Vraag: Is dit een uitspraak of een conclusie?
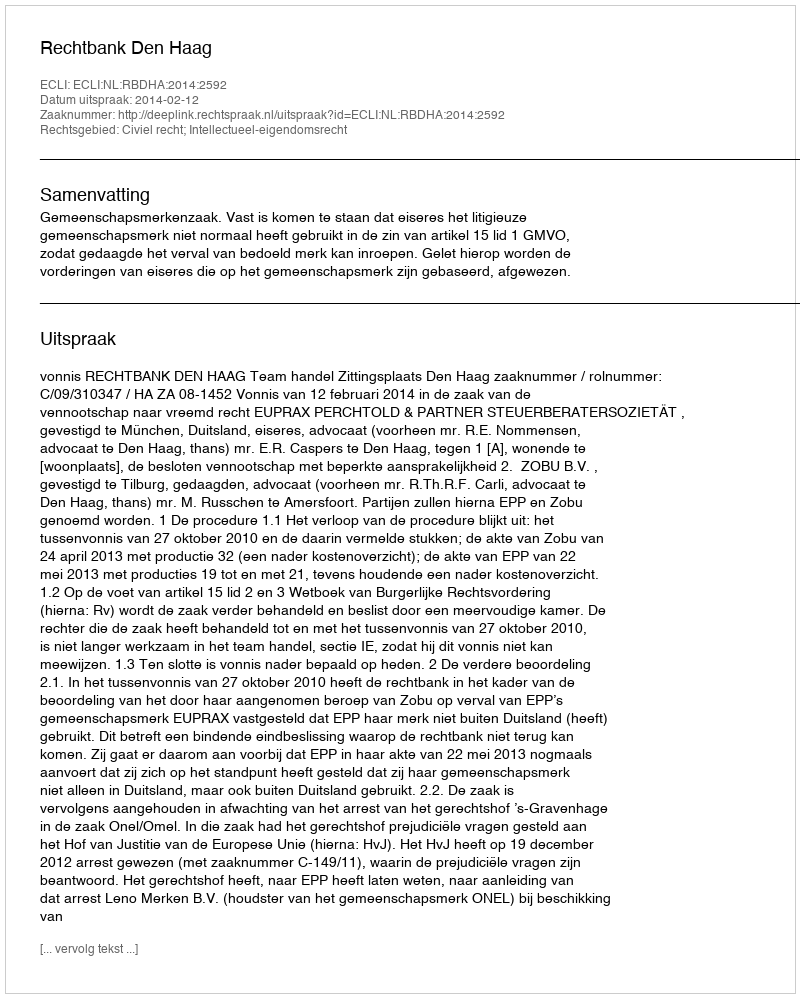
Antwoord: Uitspraak